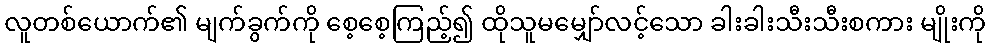
လူတစ်ယောက်၏ မျက်ခွက်ကို စေ့စေ့ကြည့်၍ ထိုသူမမျှော်လင့်သော ခါးခါးသီးသီးစကား မျိုးကို